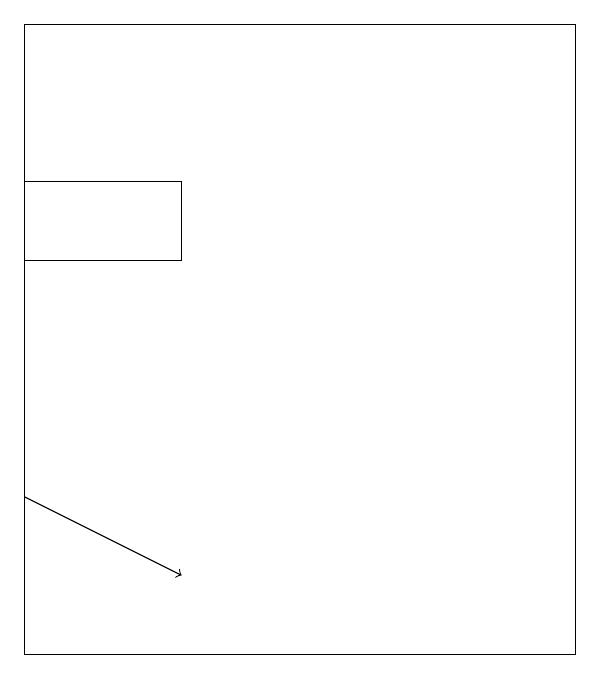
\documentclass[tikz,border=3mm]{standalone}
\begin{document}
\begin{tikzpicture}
\draw[->] (0,13) -- (2,12);
\draw (0,19) rectangle (7,11);
\draw (0,17) rectangle (2,16);
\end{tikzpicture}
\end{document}